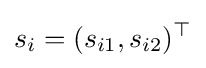
s_{i}=(s_{i1},s_{i2})^{\top }